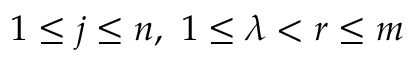
1 \leq j \leq n , \ 1 \leq \lambda < r \leq m